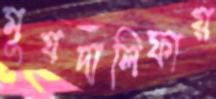
মুযদালিফায়